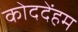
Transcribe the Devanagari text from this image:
कोददेंहम